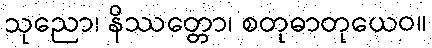
သုညော၊ နိဿတ္တော၊ စတုဓာတုယေဝ။